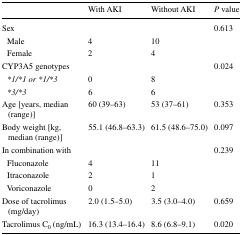
<table><thead><tr><td></td><td><b>With AKI</b></td><td><b>Without AKI</b></td><td><b><i>P</i> value</b></td></tr></thead><tbody><tr><td>Sex</td><td></td><td></td><td>0.613</td></tr><tr><td> Male</td><td>4</td><td>10</td><td></td></tr><tr><td> Female</td><td>2</td><td>4</td><td></td></tr><tr><td>CYP3A5 genotypes</td><td></td><td></td><td>0.024</td></tr><tr><td> <i>*1/*1 or *1/*3</i></td><td>0</td><td>8</td><td></td></tr><tr><td> <i>*3/*3</i></td><td>6</td><td>6</td><td></td></tr><tr><td>Age [years, median (range)]</td><td>60 (39–63)</td><td>53 (37–61)</td><td>0.353</td></tr><tr><td>Body weight [kg, median (range)]</td><td>55.1 (46.8–63.3)</td><td>61.5 (48.6–75.0)</td><td>0.097</td></tr><tr><td>In combination with</td><td></td><td></td><td>0.239</td></tr><tr><td> Fluconazole</td><td>4</td><td>11</td><td></td></tr><tr><td> Itraconazole</td><td>2</td><td>1</td><td></td></tr><tr><td> Voriconazole</td><td>0</td><td>2</td><td></td></tr><tr><td>Dose of tacrolimus (mg/day)</td><td>2.0 (1.5–5.0)</td><td>3.5 (3.0–4.0)</td><td>0.659</td></tr><tr><td>Tacrolimus C<sub>0</sub> (ng/mL)</td><td>16.3 (13.4–16.4)</td><td>8.6 (6.8–9.1)</td><td>0.020</td></tr></tbody></table>